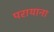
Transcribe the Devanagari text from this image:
परायाना